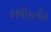
કરવીસગીર